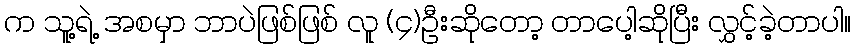
က သူ့ရဲ့ အစမှာ ဘာပဲဖြစ်ဖြစ် လူ (၄)ဦးဆိုတော့ တာပေါ့ဆိုပြီး လွှင့်ခဲ့တာပါ။